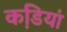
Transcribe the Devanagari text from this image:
कडि़यां